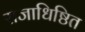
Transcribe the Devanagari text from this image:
राजाधिष्ठित